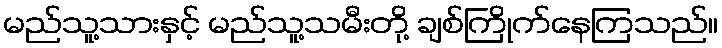
မည်သူ့သားနှင့် မည်သူ့သမီးတို့ ချစ်ကြိုက်နေကြသည်။